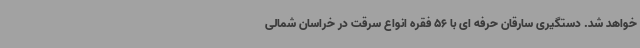
خواهد شد. دستگیری سارقان حرفه ای با 56 فقره انواع سرقت در خراسان شمالی